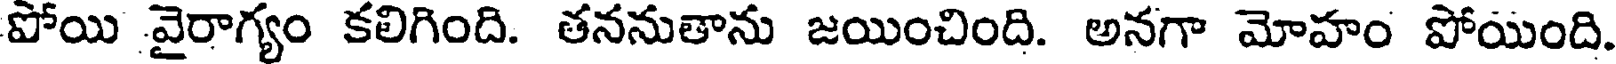
పోయి వైరాగ్యం కలిగింది. తననుతాను జయించింది. అనగా మోహం పోయింది.